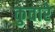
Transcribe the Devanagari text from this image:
कुवारे